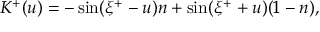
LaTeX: K ^ { + } ( u ) = - \sin ( \xi ^ { + } - u ) n + \sin ( \xi ^ { + } + u ) ( 1 - n ) ,